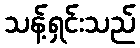
သန့်ရှင်းသည်